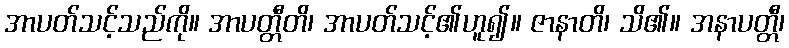
အာပတ်သင့်သည်ကို။ အာပတ္တီတိ၊ အာပတ်သင့်၏ဟူ၍။ ဇာနာတိ၊ သိ၏။ အနာပတ္တီ၊